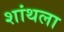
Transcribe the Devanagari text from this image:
शांथला